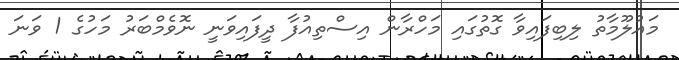
މައުލޫމާތު ލިބިފައިވާ ގޮތުގައި މަހްރާން އިސްތިއުފާ ދީފައިވަނީ ނޮވެމްބަރު މަހުގެ 1 ވަނަ